Civil Veterinary Dept. Assam report 1911-1927 - 1911-1927
Year: 1911
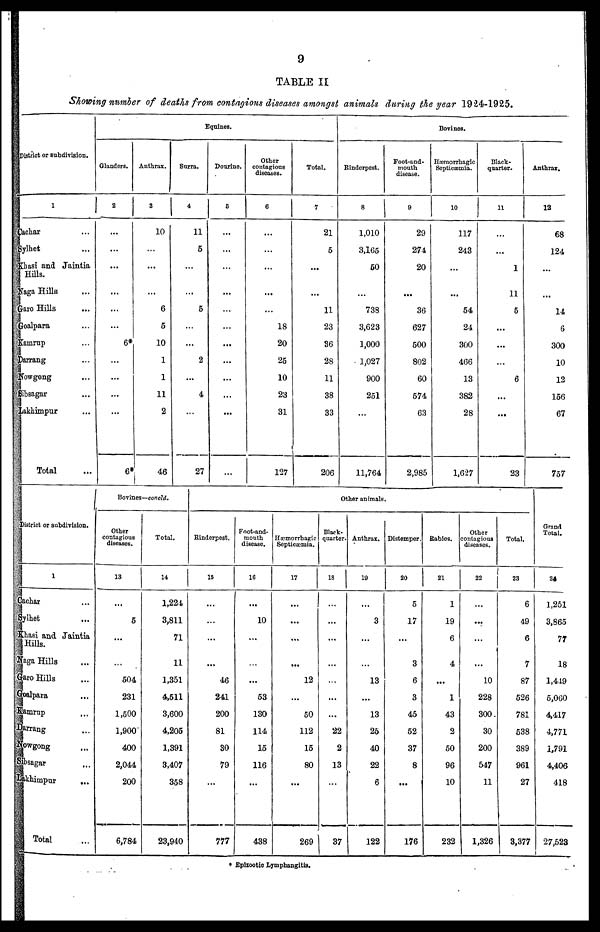
9
TABLE II
Showing number of deaths from contagions diseases amongst animals during the year 1924-1925.
District or subdivision.
1
Cachar ...
Sylhet ...
Khasi and Jaintia
Hills.
Naga Hills ...
Garo Hills ...
Goalpara ...
Kamrup ...
Darrang ...
Nowgong ...
Sibsagar ...
Lakhimpur ...
Total ...
Equines.
Glanders.
2
...
...
...
...
...
...
6*
...
...
...
...
6*
Anthrax.
3
10
...
...
...
6
5
10
1
1
11
2
46
Surra.
4
11
5
...
...
5
...
...
2
...
4
...
27
Dourine.
5
...
...
...
...
...
...
...
...
...
...
...
...
Other
contagious
diseases.
6
...
...
...
...
...
18
20
25
10
23
31
127
Total.
7
21
5
...
...
11
23
36
28
11
38
33
206
Bovines.
Rinderpest.
8
1,010
3,165
60
...
738
3,623
1,000
1,027
900
251
...
11,764
Foot-and-
mouth
disease.
9
29
274
20
...
36
627
500
802
60
574
63
2,985
Hæmorrhagic
Septicæmia.
10
117
243
...
...
54
24
300
466
13
382
28
1,627
Black-
quarter.
11
...
...
1
11
5
...
...
...
6
...
...
23
Anthrax.
12
68
124
...
...
14
6
300
10
12
156
67
757
District or subdivision.
1
Cachar ...
Sylhet ...
Khasi and Jaintia
Hills.
Naga Hills ...
Garo Hills ...
Goalpara ...
Kamrup ...
Darrang ...
Nowgong ...
Sibsagar ...
Lakhimpur
...
Total ...
Bovines—concld.
Other
contagious
diseases.
13
...
5
...
...
504
231
1,500
1,900
400
2,044
200
6,784
Total.
14
1,224
3,811
71
11
1,351
4,511
3,600
4,205
1,391
3,407
358
23,940
Other animals
Rinderpest.
15
...
...
...
...
46
241
200
81
30
79
...
777
Foot-and-
mouth
disease.
16
...
10
...
...
...
53
130
114
15
116
...
438
Hæmorrhagic
Septicæmia.
17
...
...
...
...
12
...
50
112
15
80
...
269
Black-
quarter.
18
...
...
...
...
...
...
22
2
13
...
37
Anthrax.
19
...
3
...
...
13
...
13
25
40
22
6
122
Distemper,
20
5
17
...
3
6
3
45
52
37
8
...
176
Rabies.
21
1
19
6
4
...
1
43
2
50
96
10
232
Other
contagious
diseases.
22
...
...
...
...
10
228
300
30
200
547
11
1,326
Total.
23
6
49
6
7
87
526
781
538
389
961
27
3,377
Grand
Total.
24
1,251
3,865
77
18
1,449
5,060
4,417
4,771
1,791
4,406
418
27,523
* Epizootic Lymphangitis.